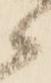
候